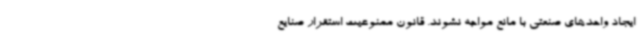
ایجاد واحدهای صنعتی با مانع مواجه نشوند. قانون ممنوعیت استقرار صنایع